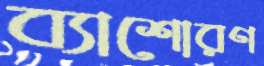
ব্যাশোরণ